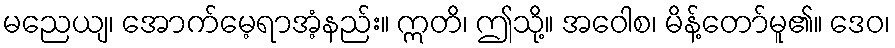
မညေယျ၊ အောက်မေ့ရာအံ့နည်း။ ဣတိ၊ ဤသို့။ အဝေါစ၊ မိန့်တော်မူ၏။ ဒေဝ၊